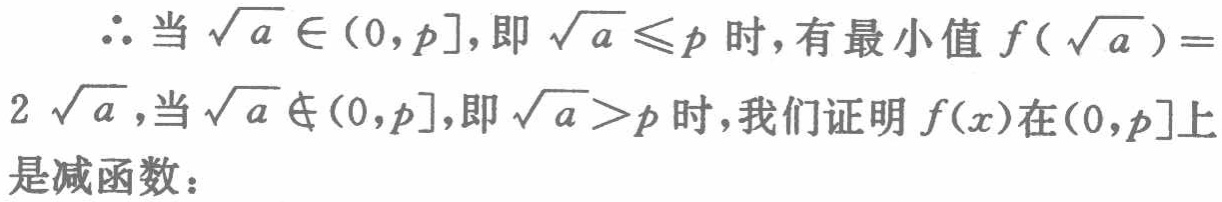
$\therefore$当$\sqrt{a} \in (0,p]$,即$\sqrt{a} \leqslant p$时,有最小值$f(\sqrt{a}) = 2\sqrt{a}$,当$\sqrt{a} \notin (0,p]$,即$\sqrt{a}>p$时,我们证明$f(x)$在$(0,p]$上是减函数：